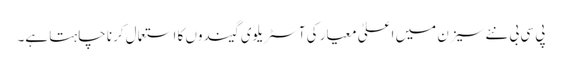
پی سی بی نئے سیزن میں اعلیٰ معیار کی آسٹریلوی گیندوں کا استعمال کرنا چاہتا ہے۔